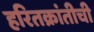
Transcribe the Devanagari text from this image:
हरितक्रांतीची